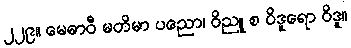
၂၂၉။ မေဓာဝီ မတိမာ ပညော၊ ဝိညူ စ ဝိဒူရော ဝိဒူ။